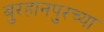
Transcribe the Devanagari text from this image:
बुरहानपुरच्या